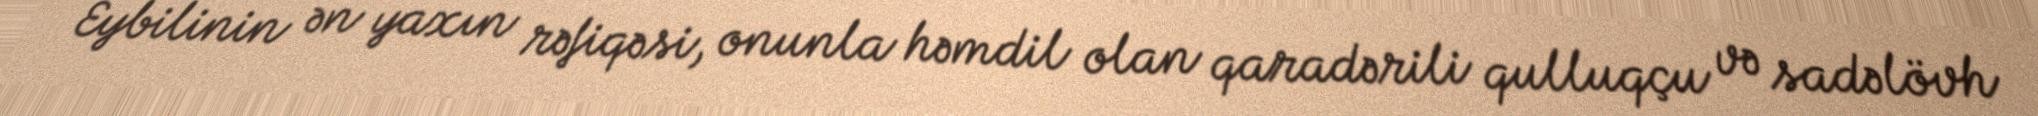
Eybilinin ən yaxın rəfiqəsi, onunla həmdil olan qaradərili qulluqçu və sadəlövh